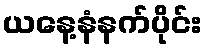
ယနေ့နံနက်ပိုင်း